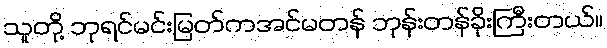
သူတို့ ဘုရင်မင်းမြတ်ကအင်မတန် ဘုန်းတန်ခိုးကြီးတယ်။